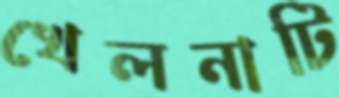
খেলনাটি